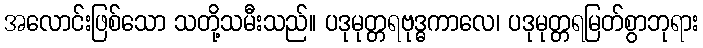
အလောင်းဖြစ်သော သတို့သမီးသည်။ ပဒုမုတ္တရဗုဒ္ဓကာလေ၊ ပဒုမုတ္တရမြတ်စွာဘုရား